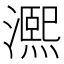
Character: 𤀠